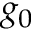
g _ { 0 }